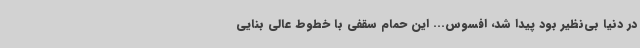
در دنیا بی‌نظیر بود پیدا شد، افسوس... این حمام سقفی با خطوط عالی بنایی